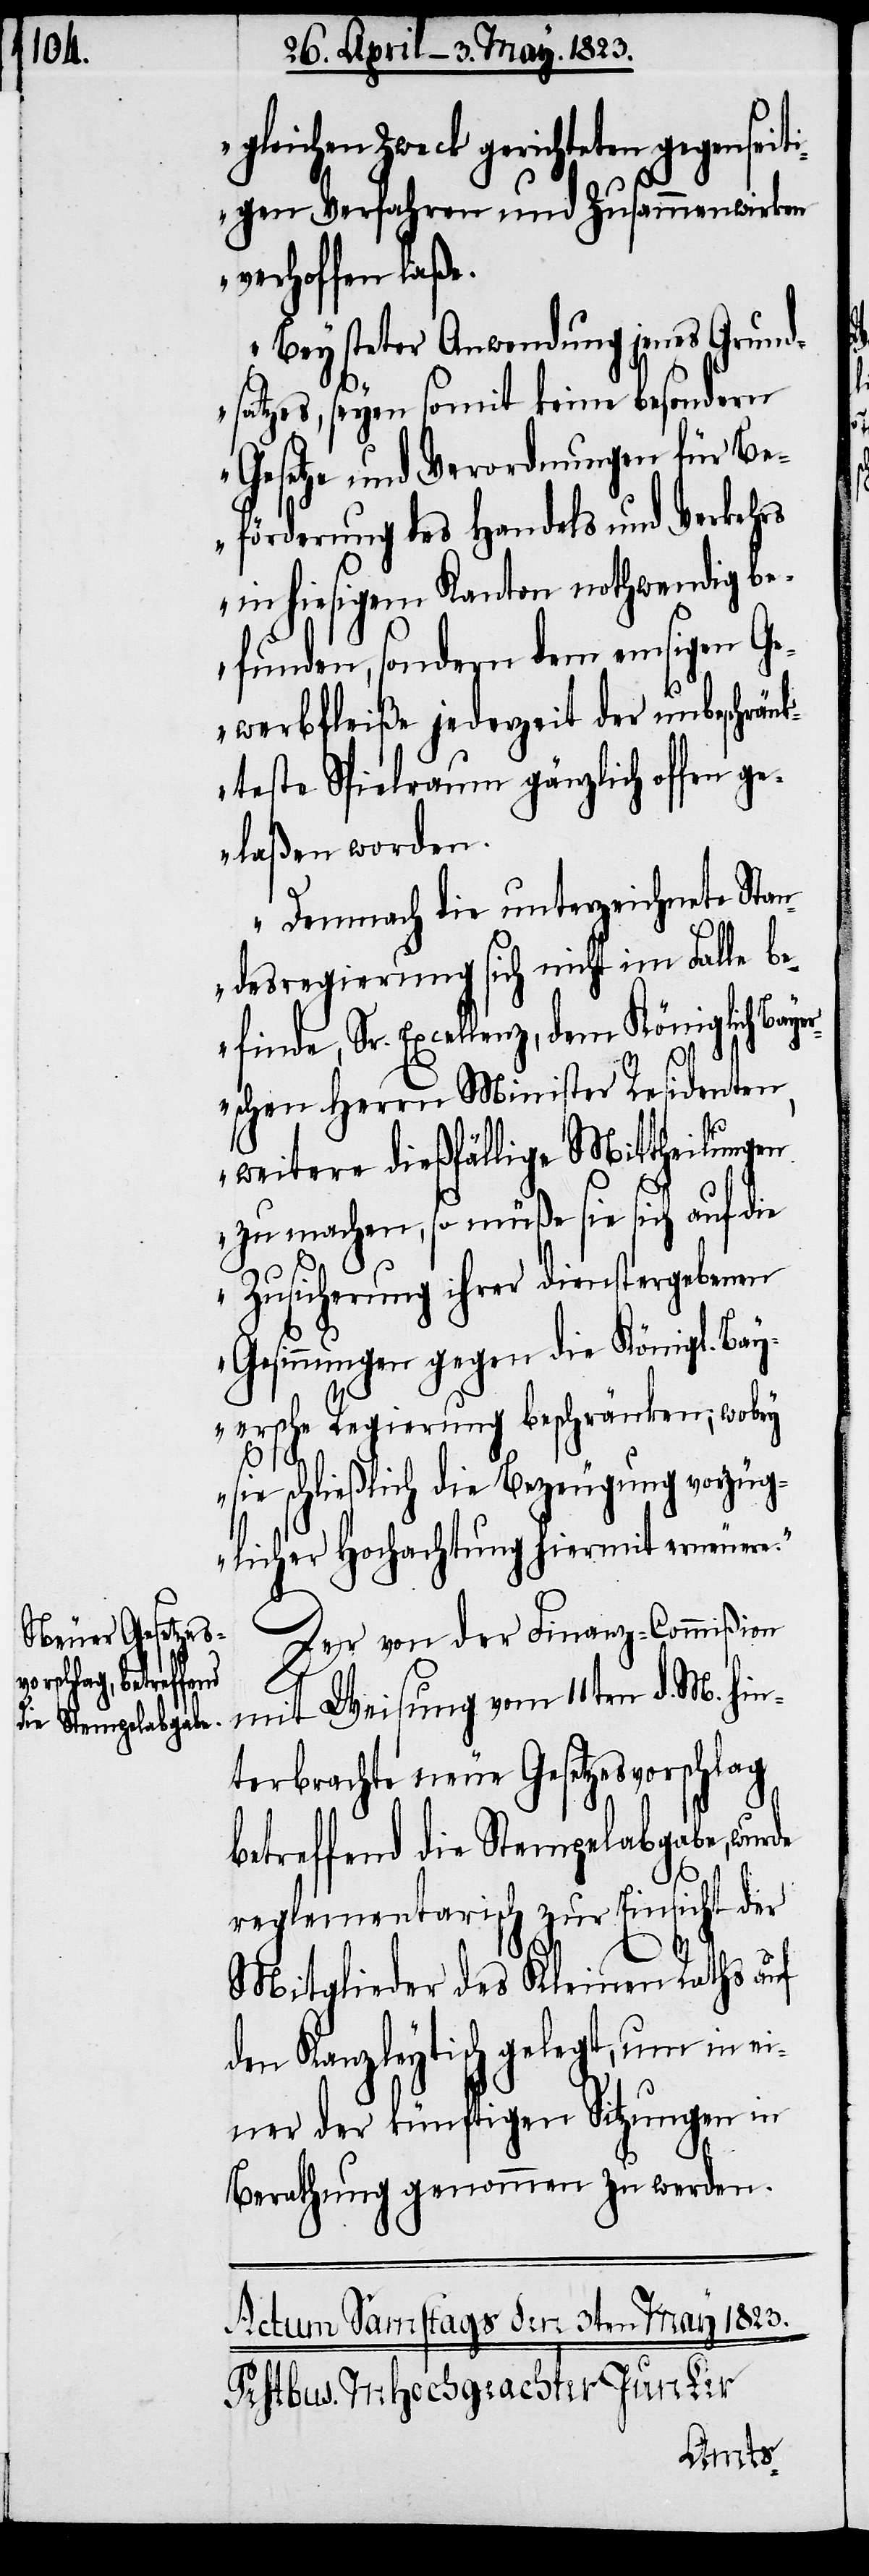
gleichen Zweck gerichteten gegensei¬
tigen Verfahren und Zusammenwirken
verhoffen laße.
Bey steter Anwendung jenes Grund¬
satzes, seyen somit keine besondern
Gesetze und Verordnungen für Be¬
förderung des Handels und Verkehrs
in hiesigem Kanton nothwendig be¬
funden, sondern dem emsigen Ge¬
werbfleiße jederzeit der unbeschränk¬
teste Spielraum gänzlich offen g¬
elaßen worden.
Demnach die unterzeichnete Stan¬
desregierung sich nicht im Falle be¬
finde, Sr. Excellenz, dem Königlich Baye¬
rschen Herrn Minister Residenten,
weitere dießfällige Mittheilungen
zu machen, so müße sie sich auf die
Zusicherung ihrer dienstergebenen
Gesinnungen gegen die Königl. Bay¬
ersche Regierung beschränken; wobei
sie schließlich die Bezeugung vorzüg¬
licher Hochachtung hiermit erneuere.“
Der von der Finanz-Commißion
mit Weisung vom 11ten d. M. hin¬
terbrachte neue Gesetzesvorschlag
betreffend die Stempelabgabe, wurde
reglementarisch zur Einsicht der
Mitglieder des Kleinen Raths auf
den Kanzleytisch gelegt, um in ei¬
ner der künftigen Sitzungen in
Berathung genommen zu werden.